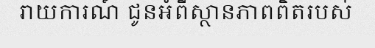
រាយការណ៍ ជូនអំពីស្ថានភាពពិតរបស់